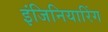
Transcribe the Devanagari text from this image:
इंजिनियारिंग